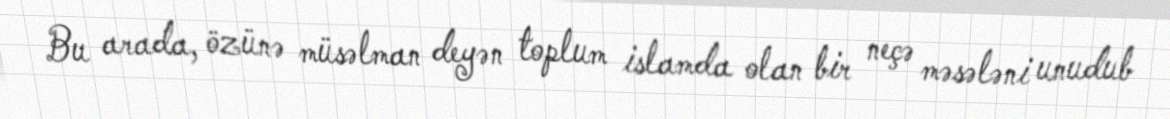
Bu arada, özünə müsəlman deyən toplum islamda olan bir neçə məsələni unudub